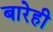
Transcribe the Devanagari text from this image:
बारेही